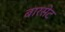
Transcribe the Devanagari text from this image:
बारसेट